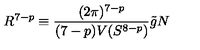
R ^ { 7 - p } \equiv \frac { ( 2 \pi ) ^ { 7 - p } } { ( 7 - p ) V ( S ^ { 8 - p } ) } \tilde { g } N